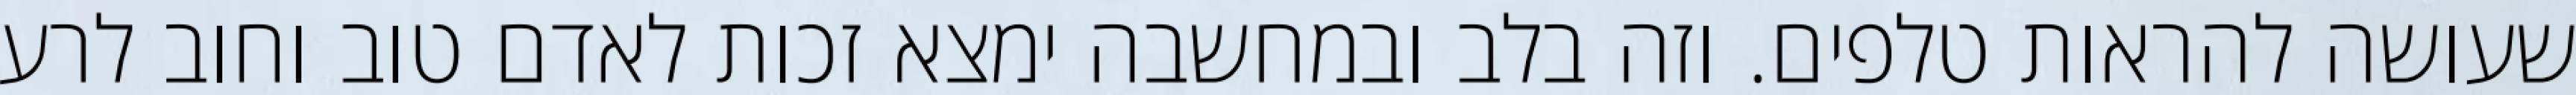
שעושה להראות טלפים. וזה בלב ובמחשבה ימצא זכות לאדם טוב וחוב לרע